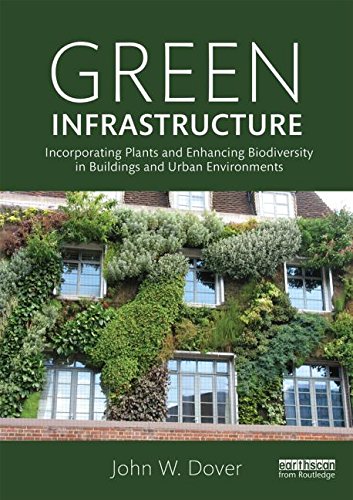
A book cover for Green Infrastructure: Incorporating Plants and Enhancing Biodiversity in Buildings and Urban Environments; John W. Dover; Crafts, Hobbies & Home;